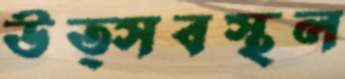
উত্সবস্থল